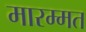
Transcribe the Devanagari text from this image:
मारम्मत